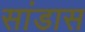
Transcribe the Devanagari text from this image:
सांडास